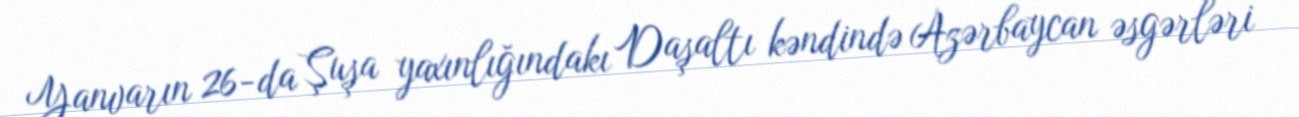
Yanvarın 26-da Şuşa yaxınlığındakı Daşaltı kəndində Azərbaycan əsgərləri